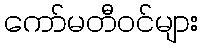
ကော်မတီဝင်များ